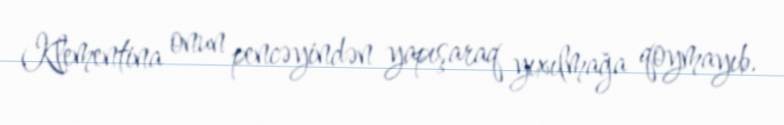
Klementina onun pencəyindən yapışaraq yıxılmağa qoymayıb.